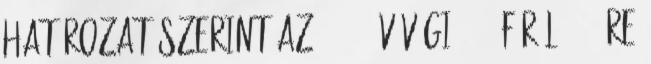
határozat szerint az 1953. év végi 1600 főről 1957-re